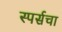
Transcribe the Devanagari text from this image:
स्पर्सचा